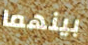
بينهما